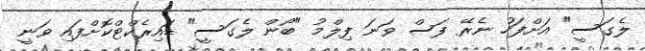
ލެގަސީ" އަށްފަހު ނެރޭ ފަސް ވަނަ ފިލްމު "ބޯން ލެގަސީ" ޑައިރެކްޓްކޮށްފައި ވަނީ